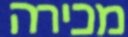
מכירה